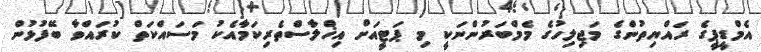
އެމްޑީޕީގެ ރައްޔިތުންގެ މަޖިލިހުގެ މެމްބަރުންނަކީ މި ޕަޓީއަށް އިޚްލާސްތެރިކަމާއެކު މަސައްކަތް ކުރައްވާ ބޭފުޅުން